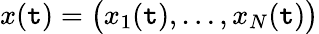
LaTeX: x(\mathtt{t})=\big(x_{1}(\mathtt{t}),\dots,x_{N}(\mathtt{t})\big)